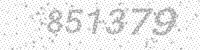
Solution: 851379